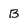
Character: B